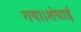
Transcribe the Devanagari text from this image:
गया।शंघाई